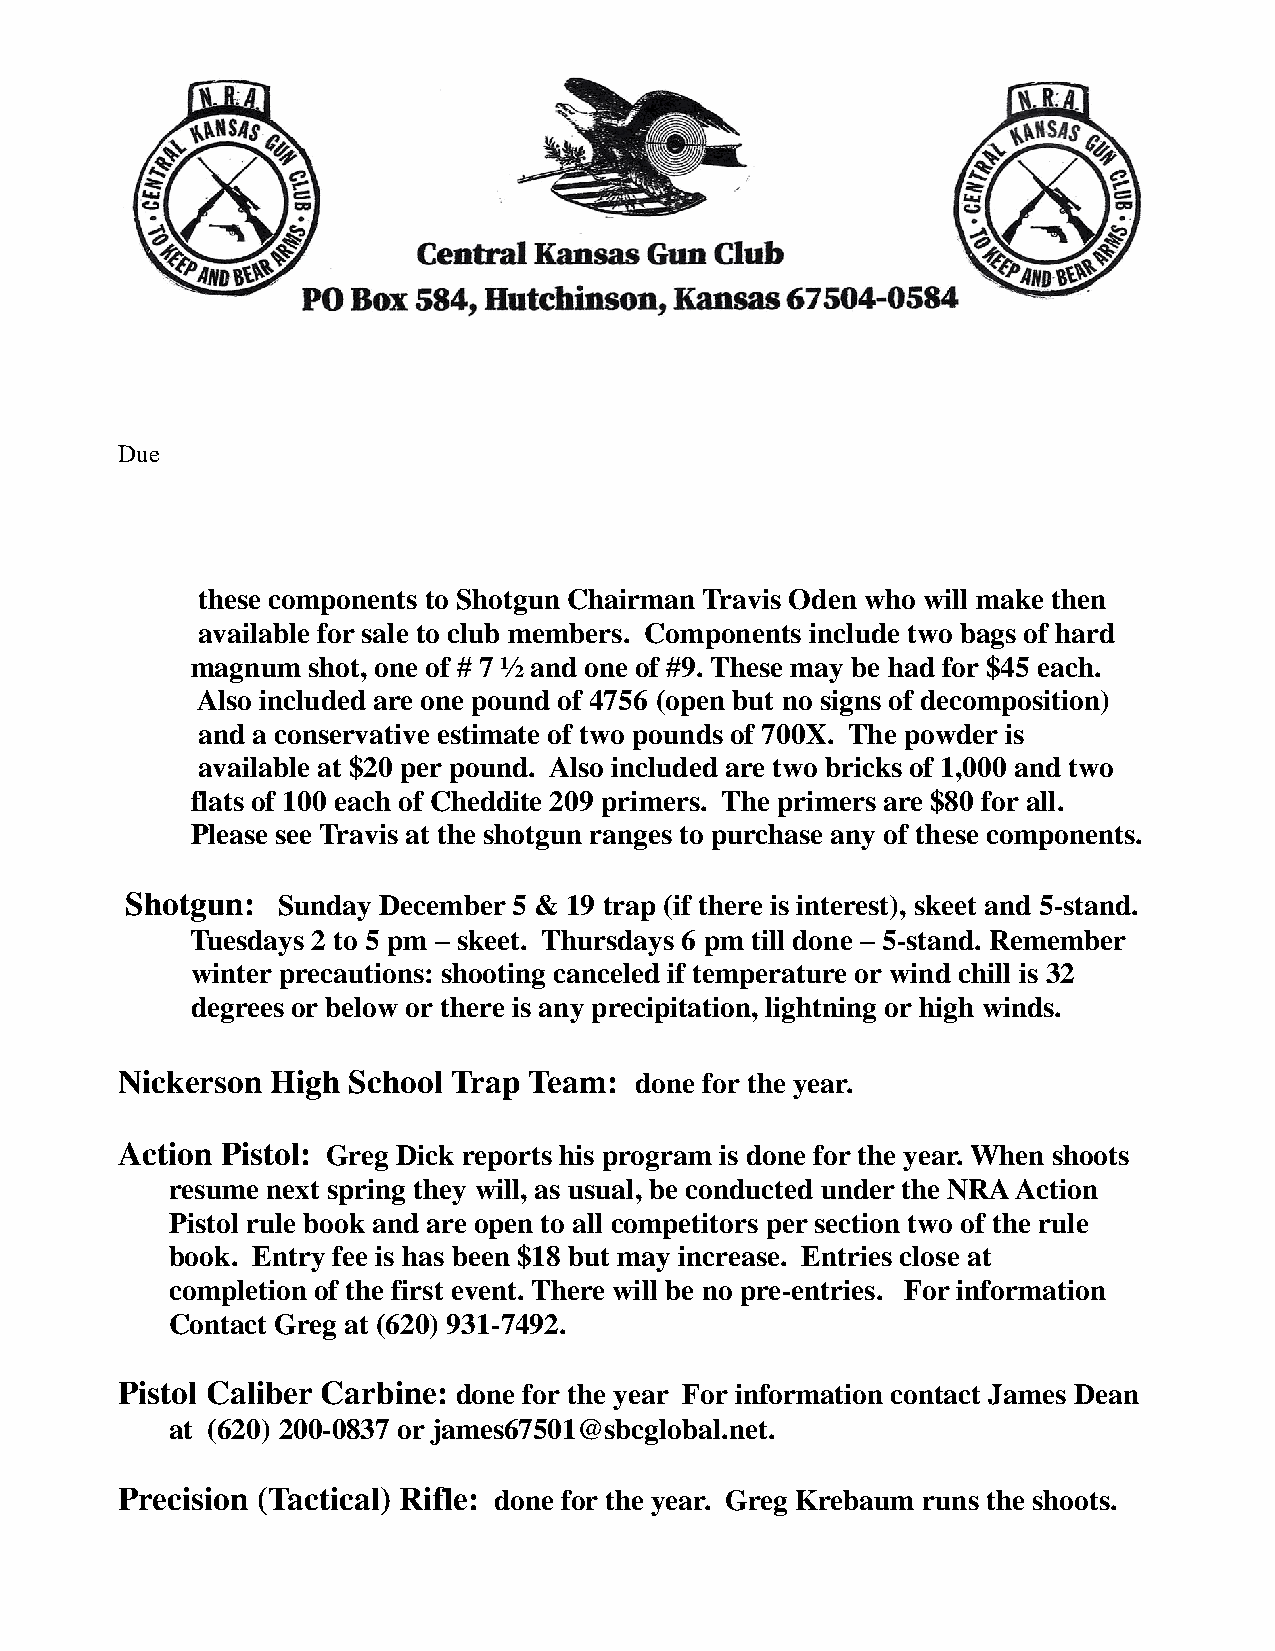
Due
 these components to Shotgun Chairman Travis Oden who will make then
 available for sale to club members. Components include two bags of hard
 magnum shot, one of # 7 ½ and one of #9. These may be had for $45 each.
 Also included are one pound of 4756 (open but no signs of decomposition)
 and a conservative estimate of two pounds of 700X. The powder is
 available at $20 per pound. Also included are two bricks of 1,000 and two
 flats of 100 each of Cheddite 209 primers. The primers are $80 for all.
 Please see Travis at the shotgun ranges to purchase any of these components.
 Shotgun:  Sunday December 5 & 19 trap (if there is interest), skeet and 5-stand.
 Tuesdays 2 to 5 pm – skeet. Thursdays 6 pm till done – 5-stand. Remember
 winter precautions: shooting canceled if temperature or wind chill is 32
 degrees or below or there is any precipitation, lightning or high winds.
 Nickerson High School Trap Team:  done for the year.
 Action Pistol: Greg Dick reports his program is done for the year. When shoots
 resume next spring they will, as usual, be conducted under the NRA Action
 Pistol rule book and are open to all competitors per section two of the rule
 book. Entry fee is has been $18 but may increase. Entries close at
 completion of the first event. There will be no pre-entries. For information
 Contact Greg at (620) 931-7492.
 Pistol Caliber Carbine: done for the year For information contact James Dean
 at (620) 200-0837 or james67501@sbcglobal.net.
 Precision (Tactical) Rifle: done for the year. Greg Krebaum runs the shoots.